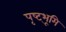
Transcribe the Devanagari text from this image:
पृष्ट्भूमि